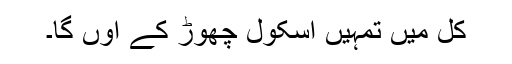
کل مَیں تمہیں اسکول چھوڑ کے آؤں گا۔